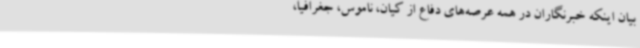
بیان اینکه خبرنگاران در همه عرصه‌های دفاع از کیان، ناموس، جغرافیا،